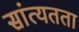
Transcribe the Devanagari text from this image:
सांत्यतता